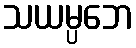
သယမ္ပဘေ